Report on plague in the Punjab from October 1st ... to September 30th ..., being the ... season of plague in the province
Disease focus: Plague
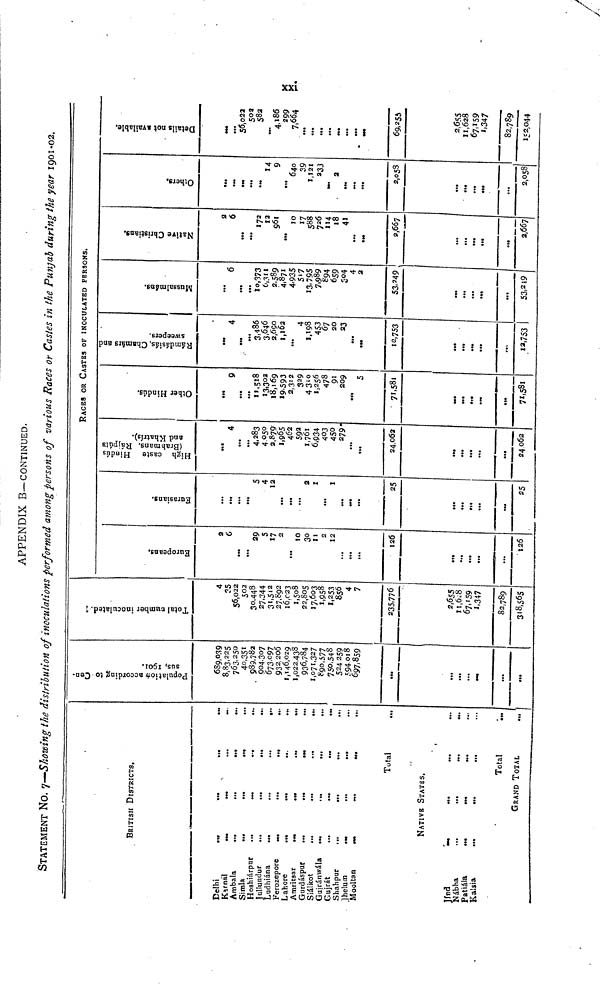
APPENDIX B—CONTINUED.
STATEMENT NO. 7—Showing the distribution of inoculations performed among persons of various Races or Castes in the Punjab during the year 1901-02.
BRITISH DISTRICTS.
Delhi
Karnál
Ambala
Simla
Hoshiárpur
Jullundur
Ludhiána
Ferozepore
Lahore
Amritsar
Gurdáspur
Siálkot
Gajránwála
Gujrát
Shahpur
Jhelum
Mooltan
Jind
Nábha
Patiála
Kalsia
...
...
...
...
...
...
...
...
...
...
...
...
...
...
...
...
...
...
...
...
...
...
...
...
...
...
...
...
...
...
...
...
...
...
...
...
...
...
...
...
...
...
...
...
...
...
...
....
...
...
...
Total
NATIVE STATES.
...
...
...
...
...
...
...
...
...
...
...
...
Total
GRAND
TOTAL
...
...
...
...
...
...
...
...
...
...
...
...
...
...
...
...
...
...
...
...
...
...
...
Population according to Census, 1901.
689,039
8,83,225
763,250
40,351
989,782
904,307
673,097
932,206
1,146,029
1,022,438
936,784
1,071,327
890,577
750,548
524,259
594018
697,859
...
...
...
...
...
...
Total number inoculated
4
35
56,022
502
30,448
27,344
31,512
27,892
16,023
1,508
22,805
17,603
1,958
1,253
856
4
7
235,776
2,655
11,628
67,159
1,347
82,789
318,565
Europeans.
2
6
...
...
29
5
17
2
...
10
30
11
2
12
...
...
...
126
...
...
...
...
...
126
Eurasians.
...
...
...
5
4
12
...
...
...
2
1
...
1
...
...
...
25
...
...
...
...
...
25
High caste Hindus
(Brahmans, Rajputs
and Khatris).
...
4
...
...
4,283
4,050
3,879
1,965
462
592
1,761
6,934
403
450
279
...
...
24,062
...
...
...
...
...
24,062
RACES OR CASTES OF INOCULATED PERSONS.
Other Hindus.
...
9
...
...
11,518
13,302
18,169
19,593
2,312
329
4,310
1,256
478
91
209
...
5
71,581
...
...
...
...
...
71,581
Ramdasias,Chamars and
Swonpera.
...
4
...
...
3,486
3,046
2,690
1,162
...
4
1,198
453
67
20
23
...
...
12,753
...
...
...
...
...
12,753
Mussalmans.
...
6
...
...
10,373
6,311
2,589
4,871
4,935
517
13,795
7,989
894
659
504
4
2
532,249,
...
...
...
...
....
53,249
Native Christmas.
2
6
...
...
172
12
961
...
...
17
588
726
114
18
41
...
2,667
...
...
...
...
...
2,667
Others.
...
...
...
...•
...
14
9
...
640
39
1,121
231
...
...
...
...
...
2,058
...
...
...
...
...
2,058
Details not available.
...
...
56,022
502
582
4,186
299
7,664
...
...
...
...
...
...
...
...
69,.255
2,655
11,628
67,159
1,347
82,789
152,044